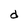
Character: d